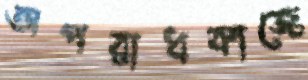
অপরাধকাজে